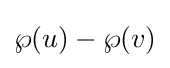
\wp (u)-\wp (v)